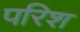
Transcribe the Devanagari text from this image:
परिश